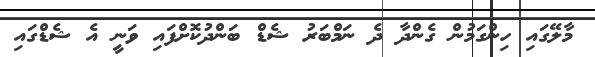
މާލޭގައި ހިންގަމުން ގެންދާ ދެ ނަމްބަރު ޝެޑް ބަންދުކޮށްފައި ވަނީ އެ ޝެޑްގައި